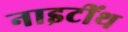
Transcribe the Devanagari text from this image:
नाइटींथ